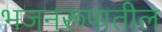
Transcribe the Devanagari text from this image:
भजनरूपातील